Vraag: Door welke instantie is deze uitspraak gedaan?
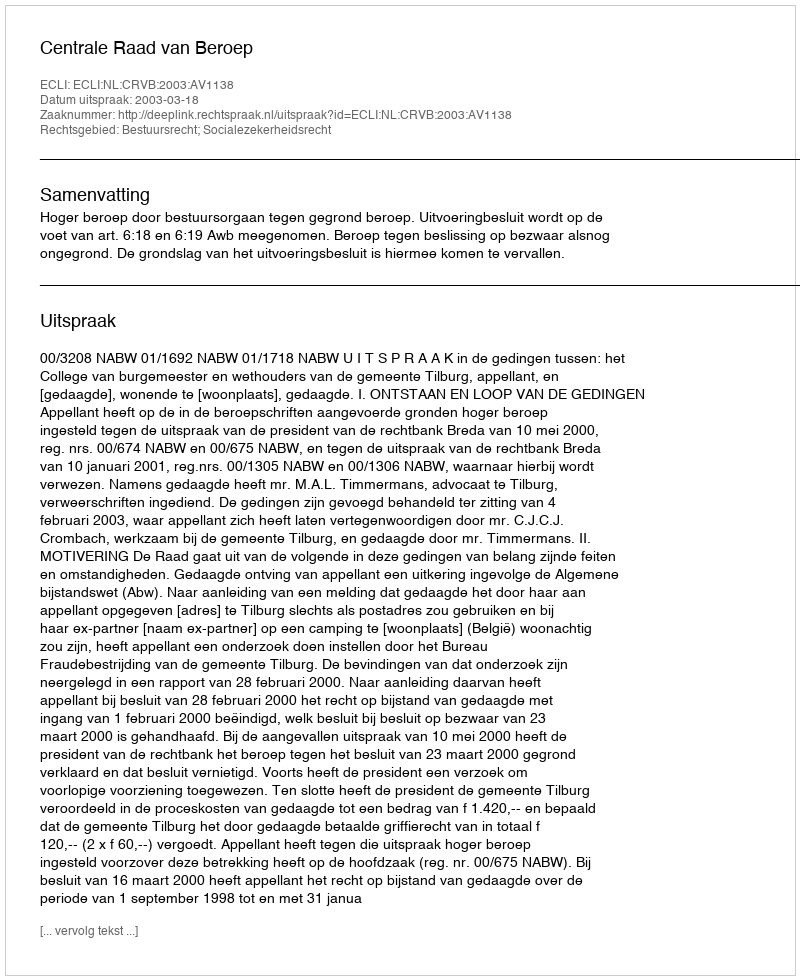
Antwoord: Centrale Raad van Beroep